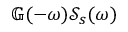
\mathbb { G } ( - \omega ) \mathcal { S } _ { s } ( \omega )